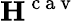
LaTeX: {\mathbf{H}}^{\mathrm{~c~a~v~}}